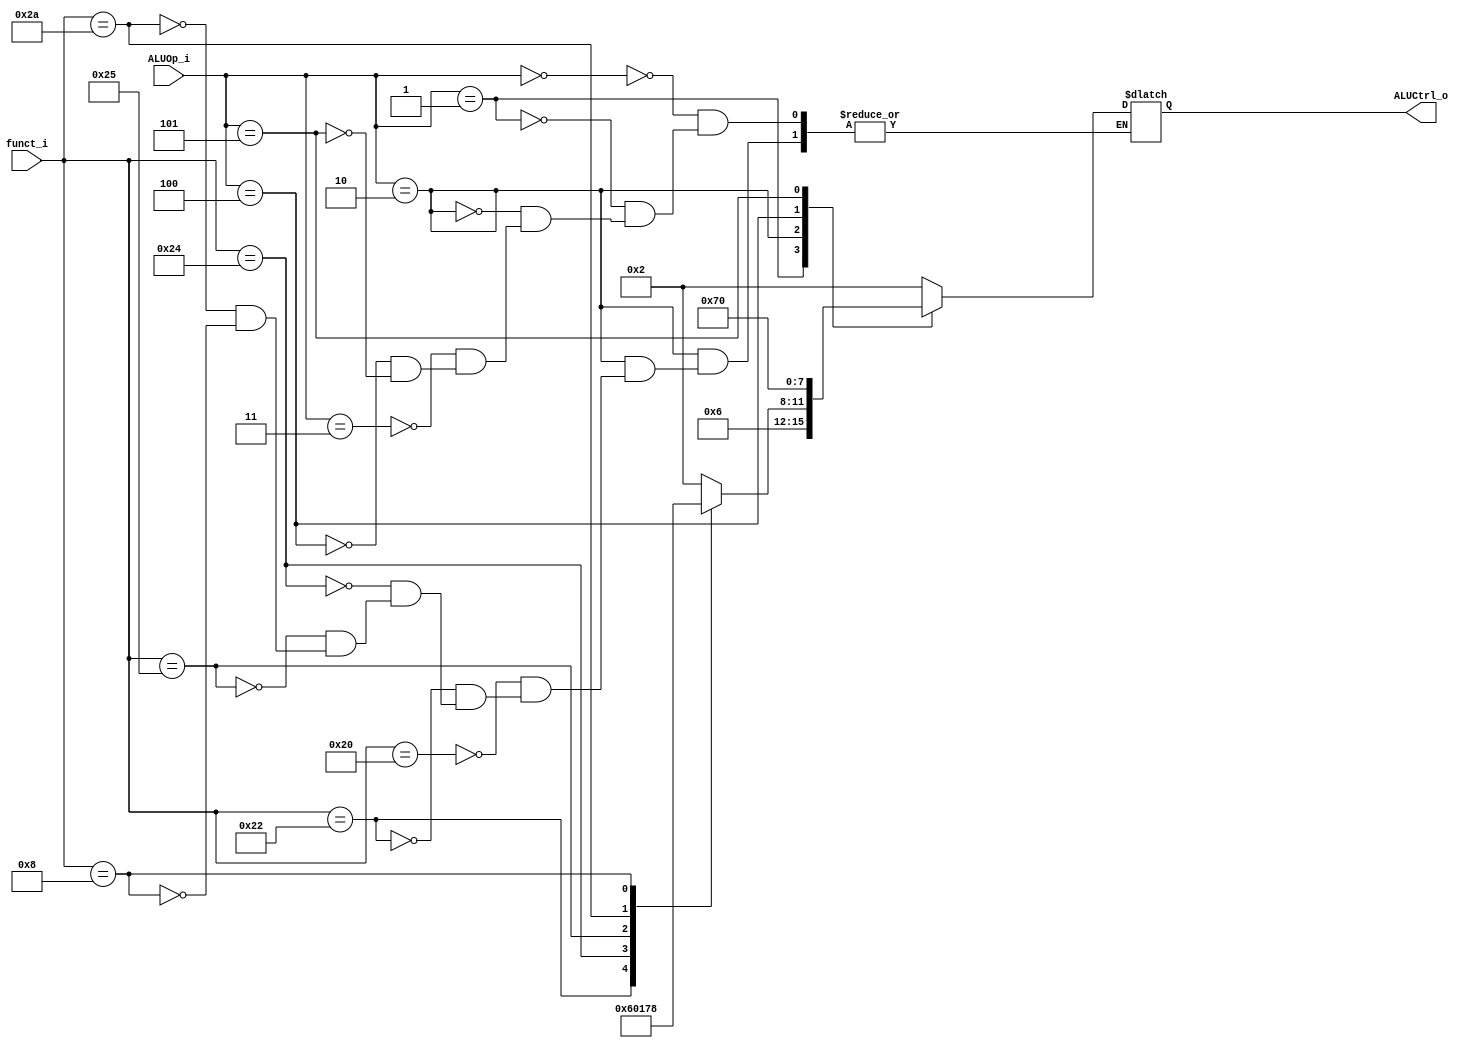
//Subject:     CO project 2 - ALU Controller
//--------------------------------------------------------------------------------
//Version:     1
//--------------------------------------------------------------------------------
//Writer:      
//----------------------------------------------
//Date:        
//----------------------------------------------
//Description: 
//--------------------------------------------------------------------------------

module ALU_Ctrl(
          funct_i,
          ALUOp_i,
          ALUCtrl_o
          );
          
//I/O ports 
input      [6-1:0] funct_i;
input      [3-1:0] ALUOp_i;

output     [4-1:0] ALUCtrl_o;    
     
//Internal Signals
reg        [4-1:0] ALUCtrl_o;

//Parameter
//Select exact operation
always@(*) begin
    case (ALUOp_i)
        // LW, SW
        0: ALUCtrl_o = 4'b0010;
        // BEQ
        1: ALUCtrl_o = 4'b0110;
        2: begin
            case (funct_i)
                // ADD
                6'b100000: ALUCtrl_o = 4'b0010;
                // SUB
                6'b100010: ALUCtrl_o = 4'b0110;
                // AND
                6'b100100: ALUCtrl_o = 4'b0000;
                // OR
                6'b100101: ALUCtrl_o = 4'b0001;
                // SLT
                6'b101010: ALUCtrl_o = 4'b0111;
                // jr
                6'b001000: ALUCtrl_o = 4'b1000;
            endcase
        end
        // ADDI
        3: ALUCtrl_o = 4'b0010;
        // SLTI
        4: ALUCtrl_o = 4'b0111;
        // JAL & JUMP
        5: ALUCtrl_o = 4'b0000;
    endcase
end
       
endmodule